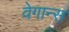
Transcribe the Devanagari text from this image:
वेगान्स